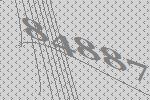
84887